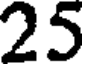
25